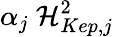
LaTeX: \alpha_{j}\ {\cal H}_{Kep,j}^{2}